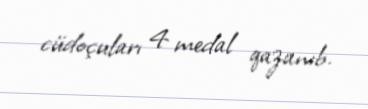
cüdoçuları 4 medal qazanıb.